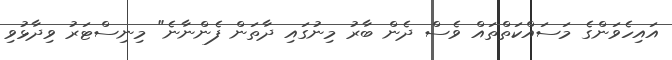
އައިހެވަންގެ މަސައްކަތްތައް ވެސް ދެން ބާރު މިނުގައި ދާތަން ފެންނާނެ" މިިނިސްޓަރު ވިދާޅުވި